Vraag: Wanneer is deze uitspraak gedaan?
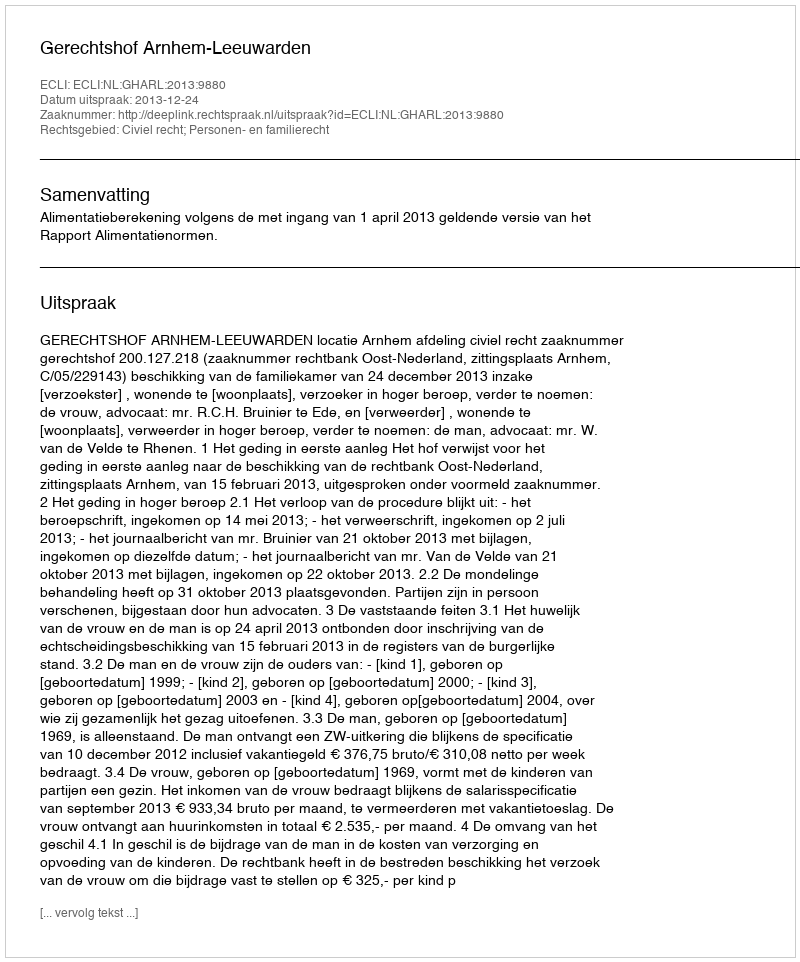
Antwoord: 2013-12-24